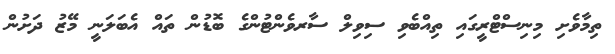
ތިމާވެށި މިނިސްޓްރީގައި ތިއްބެވި ސިވިލް ސާރވެންޓުންގެ ބޮޑުން ތައް އެބަލަނީ މޭޒު ދަށުން